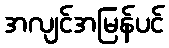
အလျင်အမြန်ပင်